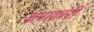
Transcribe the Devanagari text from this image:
क्षमाकारी